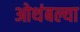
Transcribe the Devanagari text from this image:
ओथंबल्या